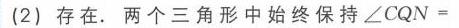
(2) 存在. 两个三角形中始终保持\(\angle CQN =\)